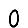
Digit: 0